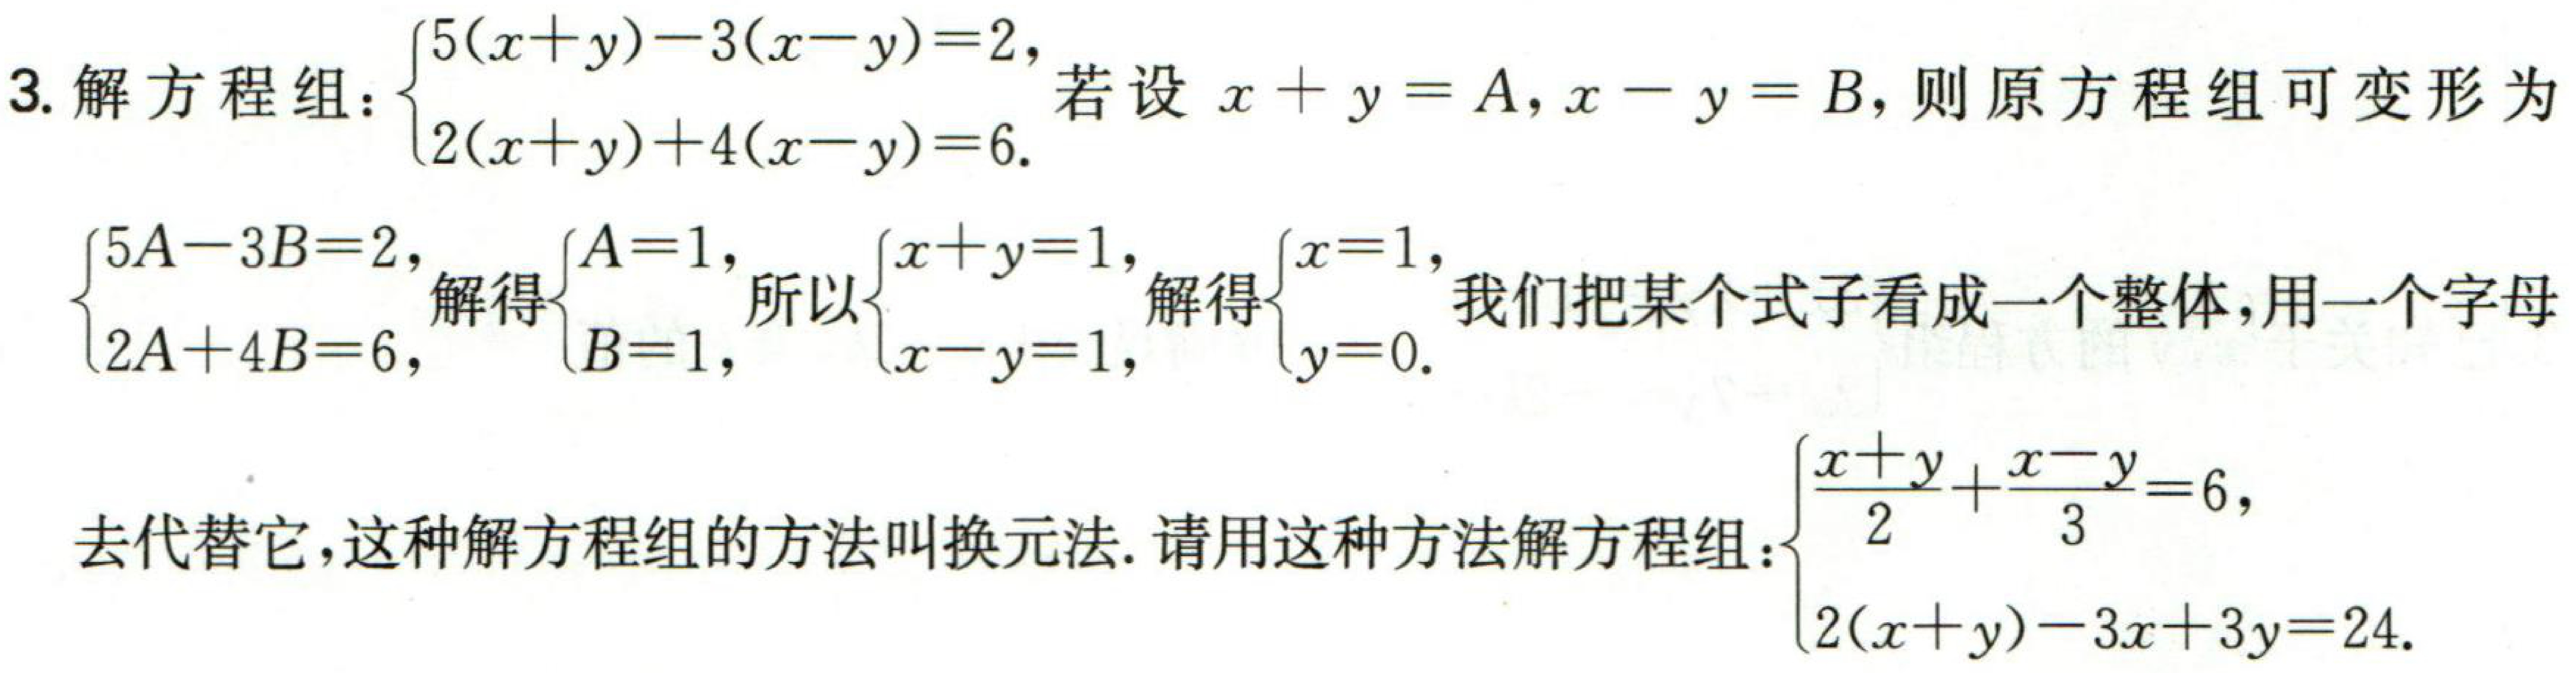
3. 解方程组：\(\begin{cases}5(x + y)-3(x - y)=2,\\2(x + y)+4(x - y)=6.\end{cases}\)若设\(x + y = A,x - y = B\)，则原方程组可变形为
\(\begin{cases}5A - 3B=2,\\2A + 4B=6,\end{cases}\)解得\(\begin{cases}A = 1,\\B = 1,\end{cases}\)所以\(\begin{cases}x + y=1,\\x - y=1,\end{cases}\)解得\(\begin{cases}x = 1,\\y = 0.\end{cases}\)我们把某个式子看成一个整体，用一个字母
去代替它，这种解方程组的方法叫换元法. 请用这种方法解方程组：\(\begin{cases}\frac{x + y}{2}+\frac{x - y}{3}=6,\\2(x + y)-3x + 3y=24.\end{cases}\)